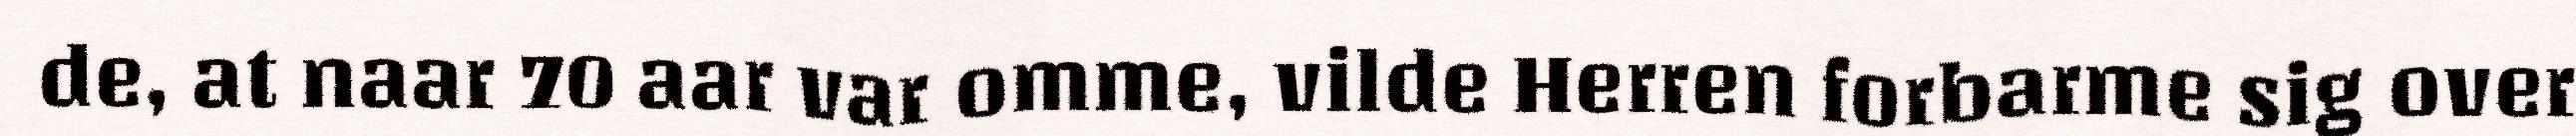
de, at naar 70 aar var omme, vilde Herren forbarme sig over